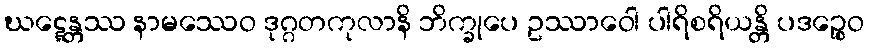
ဃဋ္ဋေန္တဿ နာမဿေဝ ဒုဂ္ဂတကုလာနိ ဘိက္ခုပေ ဥဿာဝေါ ပါရိစရိယန္တိ ပဒဉ္စေဝ